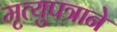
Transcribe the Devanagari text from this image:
मृत्युपत्राने